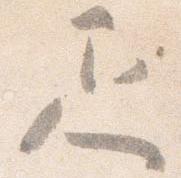
疋